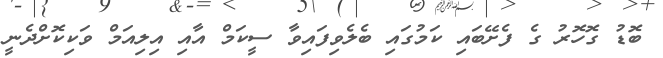
ބޮޑު ގޮހޮރު ގެ ފެށޭބައި ކަމުގައި ބެލެވިފައިވާ ސީކަމް އާއި އިލިއަމް ވަކިކޮށްދެނީ